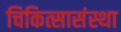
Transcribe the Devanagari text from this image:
चिकित्सासंस्था